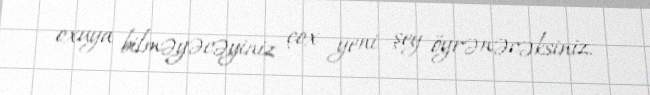
oxuya bilməyəcəyiniz çox yeni şey öyrənəcəksiniz.